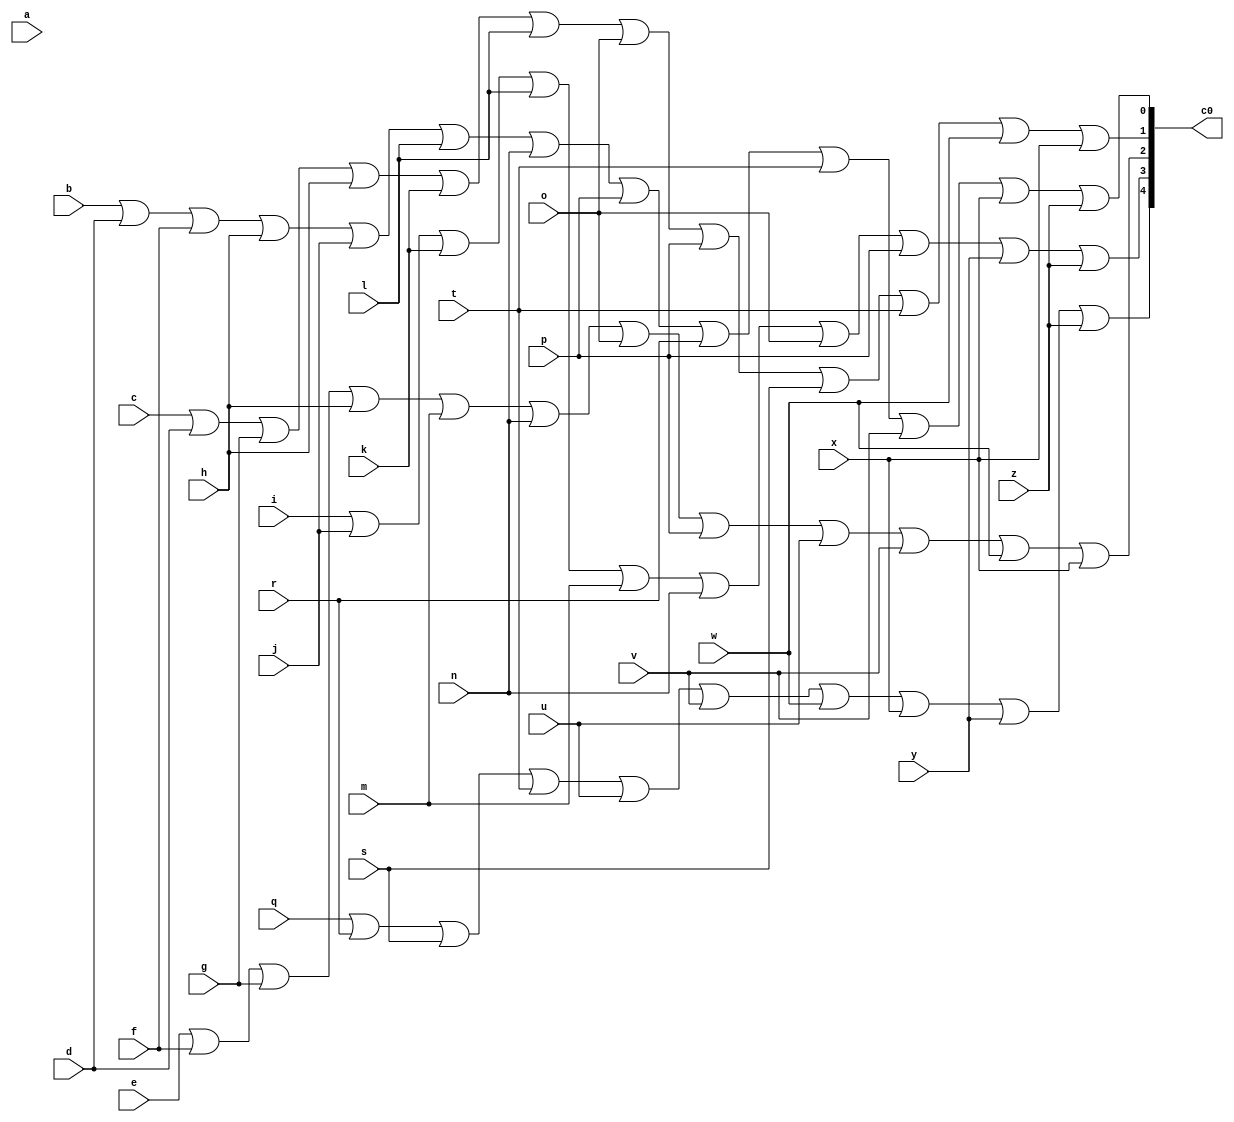
//Converts letters into 5b binary
module alphain(a,b,c,d,e,f,g,h,i,j,k,l,m,n,o,p,q,r,s,t,u,v,w,x,y,z,c0);
input a,b,c,d,e,f,g,h,i,j,k,l,m,n,o,p,q,r,s,t,u,v,w,x,y,z;
output [0:4]c0;
assign c0[0]=q|r|s|t|u|v|w|x|y|z,
	c0[1]=i|j|k|l|m|n|o|p|y|z,
	c0[2]=e|f|g|h|m|n|o|p|u|v|w|x,
	c0[3]=c|d|g|h|k|l|o|p|s|t|w|x,
	c0[4]=b|d|f|h|j|l|n|p|r|t|v|x|z;
endmodule

//Coverts shift amount into 5b binary
module shiftin(b,c,d,e,f,g,h,i,j,k,l,m,n,o,p,q,r,s,t,u,v,w,x,y,z,a,c0);
input b,c,d,e,f,g,h,i,j,k,l,m,n,o,p,q,r,s,t,u,v,w,x,y,z,a;
output [0:4]c0;
assign c0[0]=q|r|s|t|u|v|w|x|y|z|a,
	c0[1]=i|j|k|l|m|n|o|p|y|z|a,
	c0[2]=e|f|g|h|m|n|o|p|u|v|w|x,
	c0[3]=c|d|g|h|k|l|o|p|s|t|w|x|a,
	c0[4]=b|d|f|h|j|l|n|p|r|t|v|x|z;
endmodule

//1b binary full adder
module full_adder(a,b,c,carry,sum);
input a,b,c;
output carry,sum;
assign
	sum=a^b^c,
	carry=(a&b)|(b&c)|(c&a);
endmodule

//5b adder/subtractor
module bit5_adder(a,b,c,s);
input [0:4]a;
input [0:4]b;
input c;
output [0:5]s;
wire c0,c1,c2,c3,c4;
full_adder fa1(a[0],b[0],c,c0,s[0]);
full_adder fa2(a[1],b[1],c0,c1,s[1]);
full_adder fa3(a[2],b[2],c1,c2,s[2]);
full_adder fa4(a[3],b[3],c2,c3,s[3]);
full_adder fa5(a[4],b[4],c3,c4,s[4]);
assign s[5]=c4;
endmodule

//6b binary adder/subtractor
module bit6_adder(a,b,c,s);
input [0:5]a;
input [0:5]b;
input c;
output [0:6]s;
wire c0,c1,c2,c3,c4,c5;
full_adder fa1(a[0],b[0],c,c0,s[0]);
full_adder fa2(a[1],b[1],c0,c1,s[1]);
full_adder fa3(a[2],b[2],c1,c2,s[2]);
full_adder fa4(a[3],b[3],c2,c3,s[3]);
full_adder fa5(a[4],b[4],c3,c4,s[4]);
full_adder fa6(a[5],b[5],c4,c5,s[5]);
assign s[6]=c5;
endmodule

//7b binary adder/subtractor
module bit7_adder(a,b,c,s);
input [0:6]a;
input [0:6]b;
input c;
output [0:7]s;
wire c0,c1,c2,c3,c4,c5,c6,c7;
full_adder fa1(a[0],b[0],c,c0,s[0]);
full_adder fa2(a[1],b[1],c0,c1,s[1]);
full_adder fa3(a[2],b[2],c1,c2,s[2]);
full_adder fa4(a[3],b[3],c2,c3,s[3]);
full_adder fa5(a[4],b[4],c3,c4,s[4]);
full_adder fa6(a[5],b[5],c4,c5,s[5]);
full_adder fa7(a[6],b[6],c5,c6,s[6]);
assign s[7]=c6;
endmodule

//main module
module VerilogGM_121_202(a,b,c,d,e,f,g,h,i,j,k,l,m,n,o,p,q,r,s,t,u,v,w,x,y,z,i1,i2,i3,i4,i5,i6,i7,i8,i9,i10,i11,i12,i13,i14,i15,i16,i17,i18,i19,i20,i21,i22,i23,i24,i25,i26,cap,en,out);
input a,b,c,d,e,f,g,h,i,j,k,l,m,n,o,p,q,r,s,t,u,v,w,x,y,z,i1,i2,i3,i4,i5,i6,i7,i8,i9,i10,i11,i12,i13,i14,i15,i16,i17,i18,i19,i20,i21,i22,i23,i24,i25,i26,cap,en;
output [0:7]out;
wire [0:4]w1;
wire [0:4]w2;
wire [0:5]w3;
wire w4;
wire [0:5]w5;
wire [0:6]w6;
wire [0:6]w7;
wire [0:4]w8;
wire [0:4]w9;
wire [0:5]w10;
alphain alpha(a,b,c,d,e,f,g,h,i,j,k,l,m,n,o,p,q,r,s,t,u,v,w,x,y,z,w1);
shiftin shift(i1,i2,i3,i4,i5,i6,i7,i8,i9,i10,i11,i12,i13,i14,i15,i16,i17,i18,i19,i20,i21,i22,i23,i24,i25,i26,w2);
bit5_adder b5add(w1,w2,en,w3);
assign w4=((~en&w3[2]&w3[3]&w3[4])|(w3[5]^en)|(~en&w3[1]&w3[3]&w3[4]))^en;
assign w5[0]=en,
	w5[1]=w4,
	w5[2]=w4,
	w5[3]=en,
	w5[4]=en,
	w5[5]=en;
bit6_adder b6add(w5,w3,1'b0,w6);
assign w7[0]=1'b1,
	w7[1]=1'b0,
	w7[2]=1'b0,
	w7[3]=1'b0,
	w7[4]=1'b0,
	w7[5]=~cap,
	w7[6]=1'b1,
	w6[5]=1'b0,
	w6[6]=1'b0,
	w8[0]=w6[0],
	w8[1]=w6[1],
	w8[2]=w6[2],
	w8[3]=w6[3],
	w8[4]=w6[4],
	w9[0]=en,
	w9[1]=1'b0,
	w9[2]=1'b0,
	w9[3]=1'b0,
	w9[4]=1'b0;
bit5_adder b5add1(w8,w9,1'b0,w10);
assign w6[0]=w10[0],
	w6[1]=w10[1],
	w6[2]=w10[2],
	w6[3]=w10[3],
	w6[4]=w10[4];
bit7_adder b7add(w7,w6,en,out);
endmodule